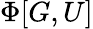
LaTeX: \Phi[G,U]